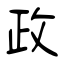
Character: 政